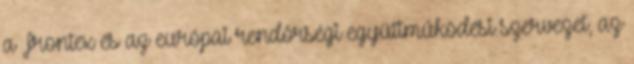
a Frontex és az európai rendőrségi együttműködési szervezet, az